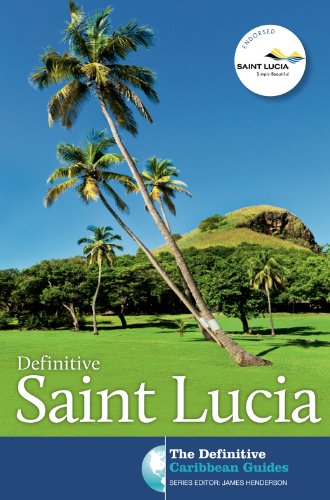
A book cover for Definitive Saint Lucia (The Definitive Caribbean Guides); James Henderson; Travel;